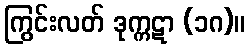
ကြွင်းလတ် ဒုက္ကဋာ (၁ဂ)။